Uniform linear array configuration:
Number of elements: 48
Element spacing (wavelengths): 1
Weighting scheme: blackman
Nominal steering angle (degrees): -15
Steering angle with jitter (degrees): -16.024
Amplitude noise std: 0.05
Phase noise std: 0.05

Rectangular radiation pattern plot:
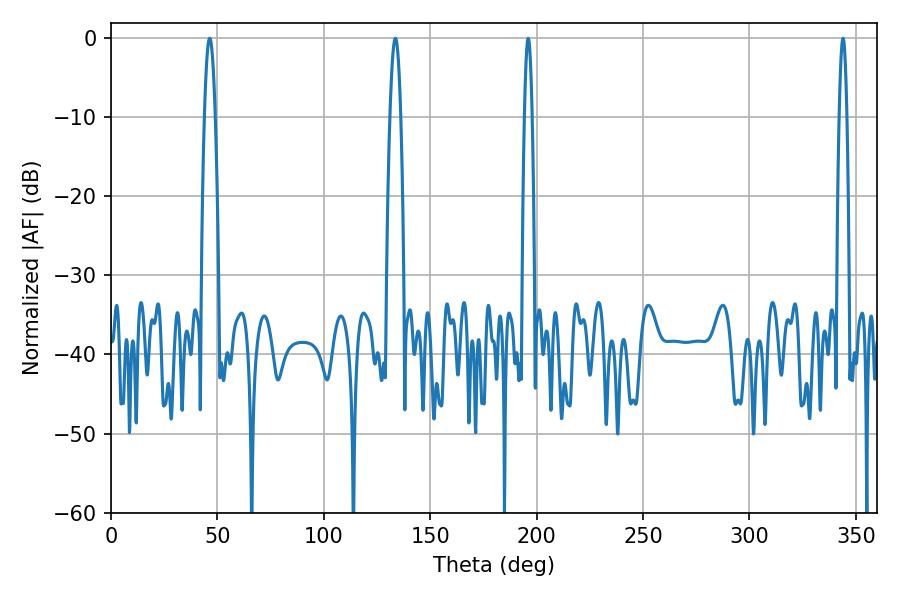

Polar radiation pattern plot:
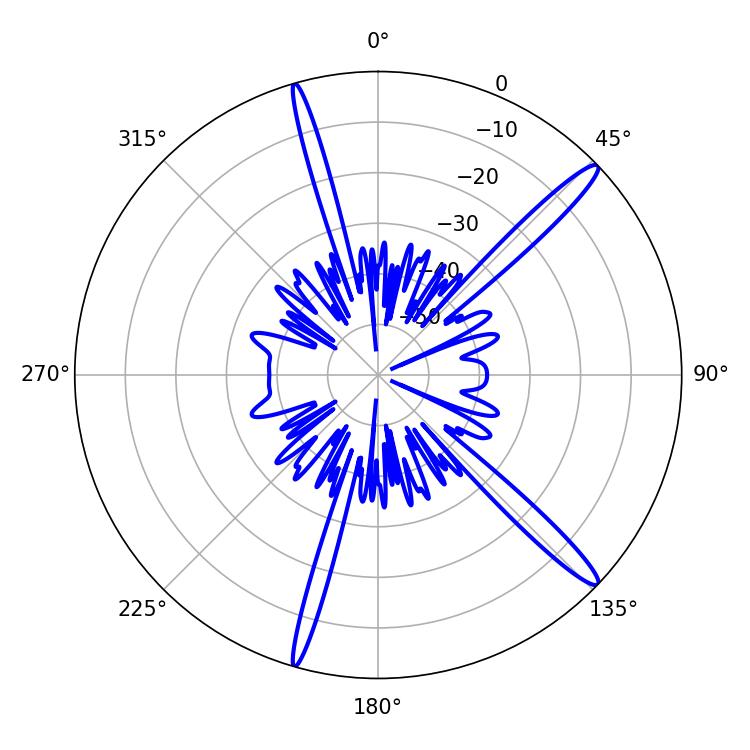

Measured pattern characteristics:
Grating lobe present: TRUE
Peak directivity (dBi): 15.542
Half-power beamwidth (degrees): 1.8
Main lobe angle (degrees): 196.02